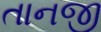
તાનજી